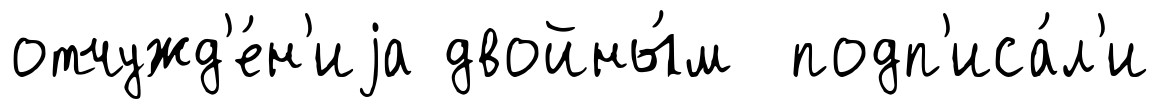
отчужд'е́н'иjа двойны́м подп'иса́л'и